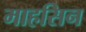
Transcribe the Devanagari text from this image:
माहसिन